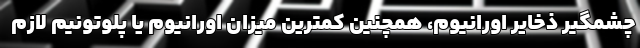
چشمگیر ذخایر اورانیوم، همچنین کمترین میزان اورانیوم یا پلوتونیم لازم